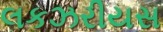
લકઝરીયસ